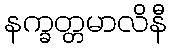
နက္ခတ္တမာလိနီ